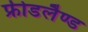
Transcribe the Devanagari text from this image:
फ्रीडलैण्ड